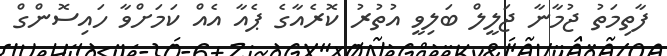
ފާތިމަތު ޖުމާނާ ޖަލީލް ބަލިވީ އުތުރު ކޮރެއާގެ ޕެއާ އެއް ކަމަށްވާ ހައިސޮންގް